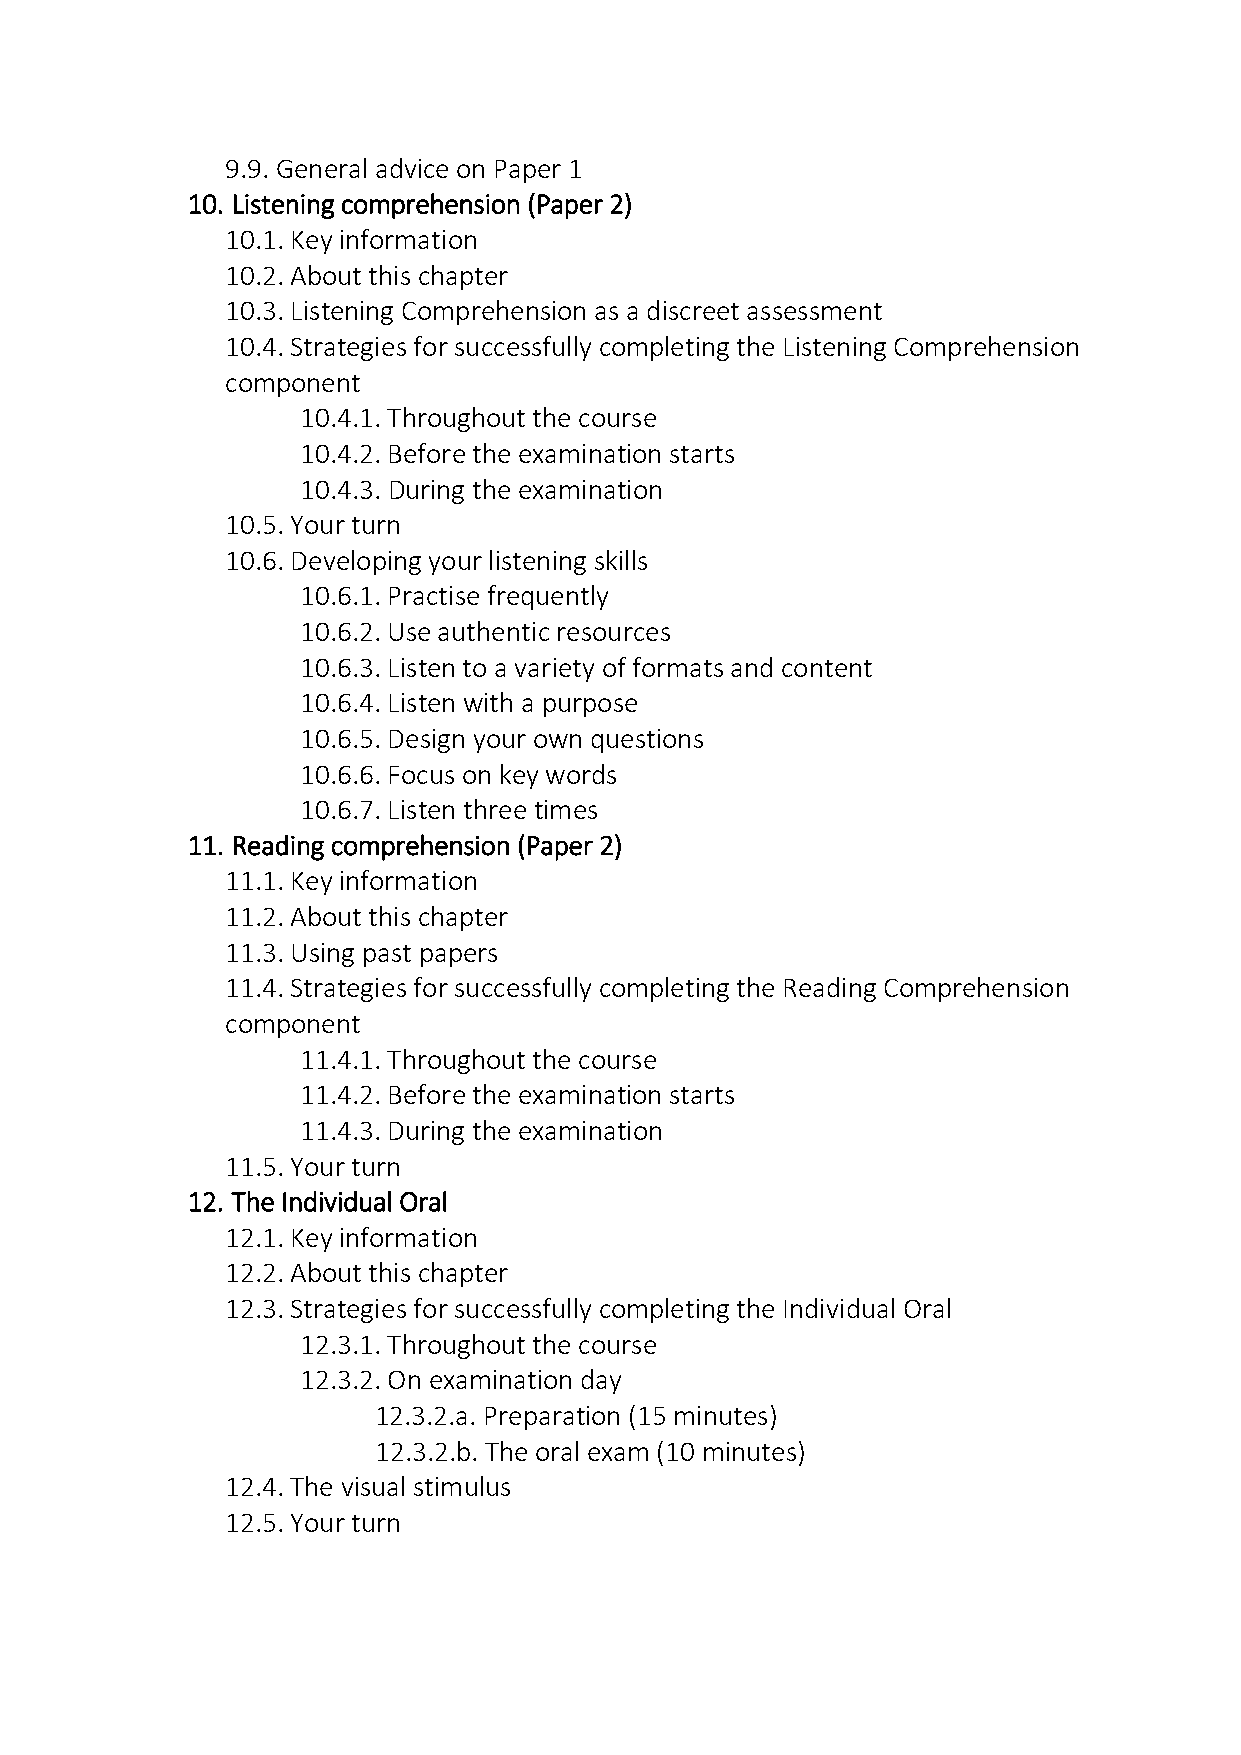
9.9. General advice on Paper 1
 10. Listening comprehension (Paper 2)
 10.1. Key information
 10.2. About this chapter
 10.3. Listening Comprehension as a discreet assessment
 10.4. Strategies for successfully completing the Listening Comprehension
 component
 10.4.1. Throughout the course
 10.4.2. Before the examination starts
 10.4.3. During the examination
 10.5. Your turn
 10.6. Developing your listening skills
 10.6.1. Practise frequently
 10.6.2. Use authentic resources
 10.6.3. Listen to a variety of formats and content
 10.6.4. Listen with a purpose
 10.6.5. Design your own questions
 10.6.6. Focus on key words
 10.6.7. Listen three times
 11. Reading comprehension (Paper 2)
 11.1. Key information
 11.2. About this chapter
 11.3. Using past papers
 11.4. Strategies for successfully completing the Reading Comprehension
 component
 11.4.1. Throughout the course
 11.4.2. Before the examination starts
 11.4.3. During the examination
 11.5. Your turn
 12. The Individual Oral
 12.1. Key information
 12.2. About this chapter
 12.3. Strategies for successfully completing the Individual Oral
 12.3.1. Throughout the course
 12.3.2. On examination day
 12.3.2.a. Preparation (15 minutes)
 12.3.2.b. The oral exam (10 minutes)
 12.4. The visual stimulus
 12.5. Your turn